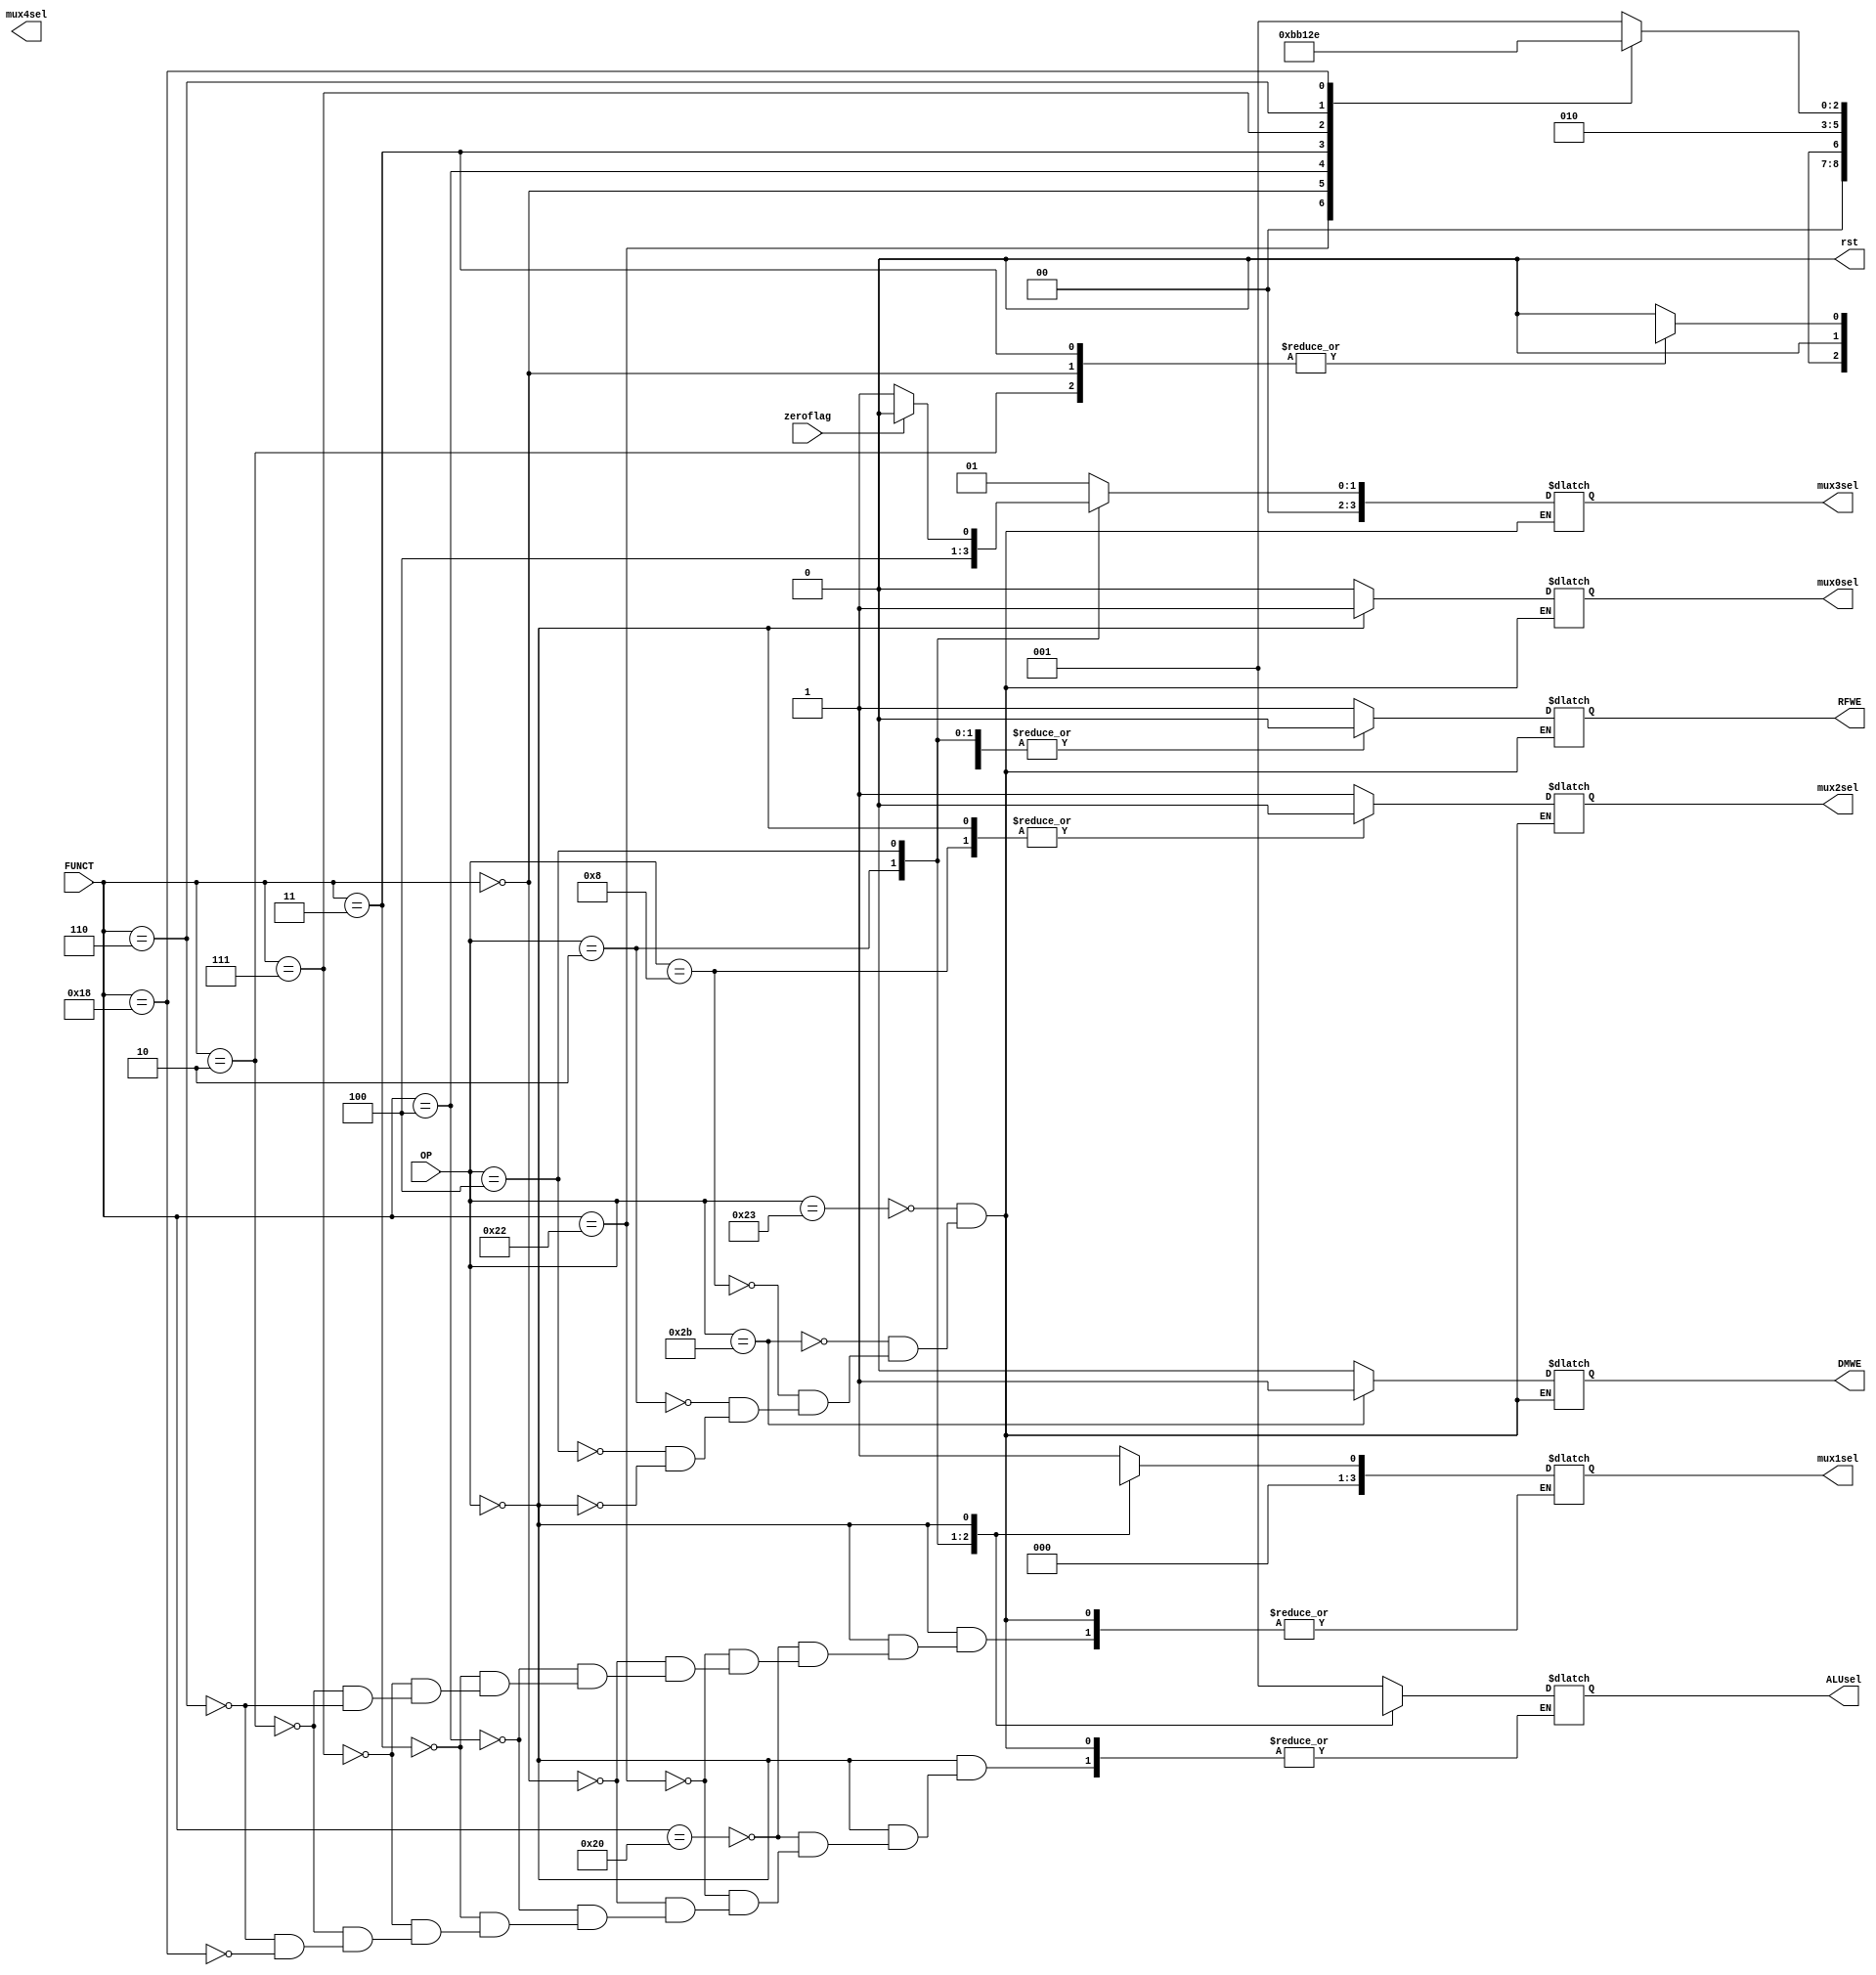
`timescale 1ns / 1ps
//////////////////////////////////////////////////////////////////////////////////
// Company: 
// Engineer: 
// 
// Design Name: 
// Module Name: top_module
// Project Name: 
// Target Devices: 
// Tool Versions: 
// Description: 
// 
// Dependencies: 
// 
// Revision:
// Revision 0.01 - File Created
// Additional Comments:
// 
//////////////////////////////////////////////////////////////////////////////////

module control_unit 

/*** PARAMETERS ***/
#(parameter
	// WORD LENGTH
	INST_WL    = 5,
	DATA_WL    = 32,
	SEL_WL     = 3,
	
	// OPCODE
	LW = 6'b100011,
	SW = 6'b101011,
	ADDI = 6'b001000,
	JUMP = 6'b000010,
	R  = 6'b000000,
	BEQ = 6'b000100, /* TODO finish implementing branch instructions */
	/* TODO if you have time */
	BNE = 6'b000101,

	
	// FUNCT
	ADD = 6'b100000,
	SUB = 6'b100010,
	SLL = 6'b000000,
	SRA = 6'b000011,
	SRL = 6'b000010,
	SLLV = 6'b000100,
	SRAV = 6'b000111,
	SRLV = 6'b000110,
	/* TODO implement the bottom two functions if you have time */
	MULT = 6'b011000,
	DIV  = 6'B011010,
	
    // ALU
	ALU_IDLE               = 3'b000,
	ALU_LW_SW_ADD_ADDI     = 3'b001,
	ALU_SUB_BRANCH         = 3'b010,
	ALU_SLLV               = 3'b011,
	ALU_SRAV               = 3'b100,
	ALU_SRLV               = 3'b101,
	ALU_MULT               = 3'b110,
	ALU_SLL                = 3'b111,
	ALU_SRA                = 4'b1000,
	ALU_SRL                = 4'b1001
)

/*** IN/OUT ***/
(
	// IN
	input [5 : 0]				OP, 
	                            FUNCT,
	input						zeroflag,
	// OUT
	output reg					RFWE, //Register file write enable
								DMWE,//Data Mem write enable
								
								/*** MUXES ***/
								mux0sel, //1 = RD, 0 = RT
								mux2sel, //1 = DMRD, 0 = ALU_out
								mux4sel, // 1 = RFRD1, 0 = RFRD2
								
								/* ZERO FLAG */
								// took zeroflag to cunit cuz you have a 3 to 1 mux for pc input
								// easier this way for me
								
	output reg [3 : 0]          mux1sel, //2 = SHAMT, 1 = SIGNED_IMMED, 0 = RT 
	                            mux3sel, // 2 = pcjump, 1 = pcreg, 0 = pcbranch
	output reg [SEL_WL - 1 : 0]	ALUsel,
	output reg                  rst
	
);

    initial
    begin
        #10 rst = 1;
        #10 rst = 0;
    end
    always @(*) 
	begin
	   case(OP)
	       LW: // Load from memory
	       begin
	           // alu op
	           ALUsel	= ALU_LW_SW_ADD_ADDI;
	           
	           // write enables
	           RFWE	= 1; // righting to destination rt
	           DMWE	= 0; // ensuring nothing is written in memory
	           
	           // muxes
	           mux0sel = 0; // destination is rt
	           mux1sel = 1; // signed immediate offset
	           mux2sel = 1;  // reading memory from data memory
	           mux3sel = 1; // bringing incrememnted pc not branch value
	           
	          
	           
	       end
	       SW: // Store into memory
	       begin
	           // alu op
	           ALUsel = ALU_LW_SW_ADD_ADDI; // ALU calc address to put into data mem
	           
	           //write enables
	           DMWE = 1; // write in memory
	           RFWE = 0; //don't write in register
	           
	           //muxes
	           mux0sel = 1'bx; // don't write anything in register
	           mux1sel = 1'b1; // alu is calculating the address to write into mem
	           mux2sel = 1; //reading from memory, but you aren't loading anything
	           mux3sel = 1; // inc pc
	       end
	       ADDI: // Add immediate values
	       begin
	           // alu op
	           ALUsel = ALU_LW_SW_ADD_ADDI; // ALU does nothing
	           
	           //write enables
	           DMWE = 0; // don't write in memory
	           RFWE = 1; //write in register
	           
	           //muxes
	           mux0sel = 0; // write into rt
	           mux1sel = 1; // add rs and imm, alu command here
	           mux2sel = 0; // taking from alu out and put into reg file
	           mux3sel = 1; // inc pc
	       end
	       JUMP:
	       begin
	           // alu op
	           ALUsel = 1'bx; // ALU does nothing
	           
	           //write enables
	           DMWE = 0; // don't write into memory
	           RFWE = 0; // don't write into memory
	           
	           //muxes
	           mux0sel = 1'bx; // write into nowhere cuz you're jumping
	           mux1sel = 1'bx; // not using alu cuz you're jumping
	           mux2sel = 1'bx; // not putting anything in the reg file cuz you're jumping
	           mux3sel = 2; // jumping
	       end
	       BEQ:
	       begin
	            // alu op
	           ALUsel = ALU_SUB_BRANCH; // 
	           
	           //write enables
	           DMWE = 0; // not writing into mem
	           RFWE = 0; // not writing into mem
	           
	           //muxes
	           mux0sel = 1'bx; // not writing into regfile
	           mux1sel = 1'b0; // 
	           mux2sel = 1'bx; // not writing into regfile
	           if(zeroflag) mux3sel = 0; // if zeroflag is one, then chose pcbranch else chose pcreg
	           else mux3sel = 1; 
	       end
	       R: // R type subdivision
	       begin
	           /*** FUNCT SELECTS ***/
	           case(FUNCT)
                   ADD:
                   begin
                       ALUsel = ALU_LW_SW_ADD_ADDI;
                       mux1sel = 0; // using rt as an operand, no immed value needed
                   end
                   SUB:
                   begin
                       ALUsel = ALU_SUB_BRANCH;
                       mux1sel = 0; // using rt as an operand, no immed value needed
                   end
                   SLL:
                   begin
                       ALUsel = ALU_SLL;
                       mux1sel = 1'bx; // using shamt at alu
                   end
                   SLLV:
                   begin
                       ALUsel = ALU_SLLV;
                       mux1sel = 0; // passing dt into the alu port two (IN2)
                   end
                   SRA:
                   begin
                       ALUsel = ALU_SRA;
                       mux1sel = 1'bx; // using shamt at alu
                   end
                   SRAV:
                   begin
                       ALUsel = ALU_SRAV;
                       mux1sel = 0; // passing dt into the alu port two (IN2)
                   end
                   SRL:
                   begin
                       ALUsel = ALU_SRL;
                       mux1sel = 1'bx; // using shamt at alu
                   end
                   SRLV:
                   begin
                       ALUsel = ALU_SRLV;
                       mux1sel = 0; // passing dt into the alu port two (IN2)
                   end
                   MULT:
                   begin
                       ALUsel = ALU_MULT;
                       /* TODO figure out mux select, might have unique sets of mux selects */
                   end
	           endcase
	           //write enables
	           DMWE = 0; // don't write in memory
	           RFWE = 1; // write in register
	           
	           //muxes
	           mux0sel = 1; // using rd for destination, not rt.  note this is rtype
	           mux2sel = 0; // bypass data memory, ops in register file
	           mux3sel = 1; // inc pc
	       end
	   endcase
    end
endmodule